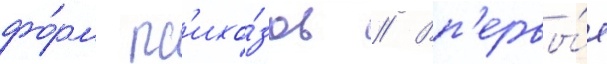
фо́рм пс'ихо́зов // Вп'ервы́е